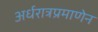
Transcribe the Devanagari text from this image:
अर्धरात्रप्रमाणेन